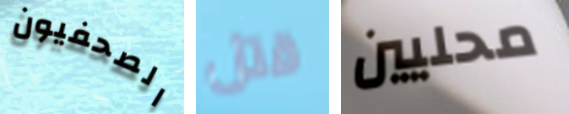
الصحفيون قتل محليين